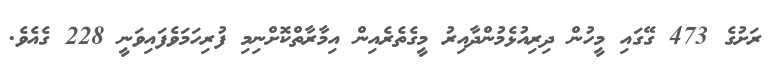
ރަށުގެ 473 ގޭގައި މީހުން ދިރިއުޅެމުންދާއިރު މީގެތެރެއިން އިމާރާތްކޮށްނިމި ފުރިހަމަވެފައިވަނީ 228 ގެއެވެ.